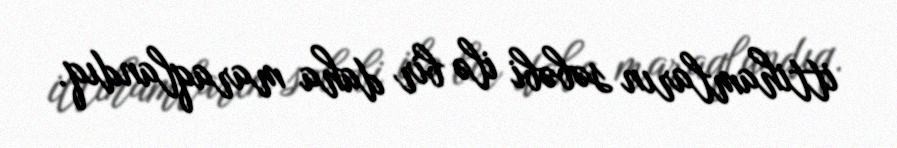
ittihamların səbəbi ilə bir daha maraqlandıq.